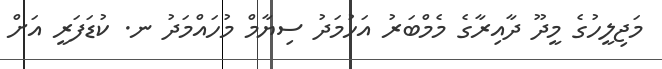
މަޖިލީހުގެ މީދޫ ދާއިރާގެ މެމްބަރު އަހުމަދު ސިޔާމް މުހައްމަދު ނ. ކުޑަފަރީ އަށް